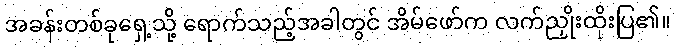
အခန်းတစ်ခုရှေ့သို့ ရောက်သည့်အခါတွင် အိမ်ဖော်က လက်ညှိုးထိုးပြ၏။